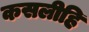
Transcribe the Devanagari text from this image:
कसलीहि